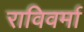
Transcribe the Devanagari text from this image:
राविवर्मा